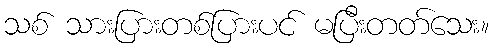
သစ် သားပြားတစ်ပြားပင် မပြီးတတ်သေး။